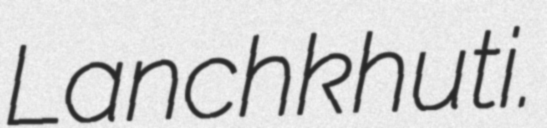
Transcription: Lanchkhuti.